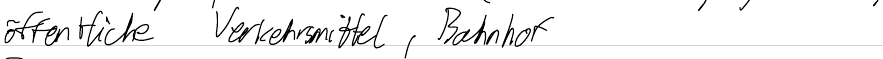
öffentliche Verkehrsmittel, Bahnhof